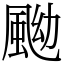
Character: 䬀